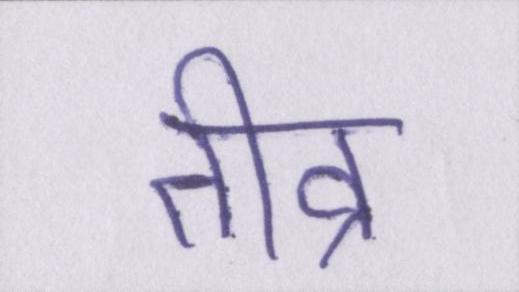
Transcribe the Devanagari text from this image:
तीव्र